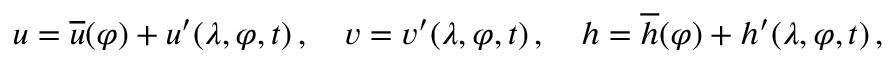
u = \overline { { u } } ( \varphi ) + u ^ { \prime } ( \lambda , \varphi , t ) \, , \quad v = v ^ { \prime } ( \lambda , \varphi , t ) \, , \quad h = \overline { { h } } ( \varphi ) + h ^ { \prime } ( \lambda , \varphi , t ) \, ,